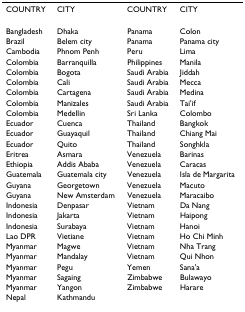
| COUNTRY | CITY | COUNTRY | CITY |
 | --- | --- | --- | --- |
 | Bangladesh | Dhaka | Panama | Colon |
 | Brazil | Belem city | Panama | Panama city |
 | Cambodia | Phnom Penh | Peru | Lima |
 | Colombia | Barranquilla | Philippines | Manila |
 | Colombia | Bogota | Saudi Arabia | Jiddah |
 | Colombia | Cali | Saudi Arabia | Mecca |
 | Colombia | Cartagena | Saudi Arabia | Medina |
 | Colombia | Manizales | Saudi Arabia | Tai'if |
 | Colombia | Medellin | Sri Lanka | Colombo |
 | Ecuador | Cuenca | Thailand | Bangkok |
 | Ecuador | Guayaquil | Thailand | Chiang Mai |
 | Ecuador | Quito | Thailand | Songhkla |
 | Eritrea | Asmara | Venezuela | Barinas |
 | Ethiopia | Addis Ababa | Venezuela | Caracas |
 | Guatemala | Guatemala city | Venezuela | Isla de Margarita |
 | Guyana | Georgetown | Venezuela | Macuto |
 | Guyana | New Amsterdam | Venezuela | Maracaibo |
 | Indonesia | Denpasar | Vietnam | Da Nang |
 | Indonesia | Jakarta | Vietnam | Haipong |
 | Indonesia | Surabaya | Vietnam | Hanoi |
 | Lao DPR | Vietiane | Vietnam | Ho Chi Minh |
 | Myanmar | Magwe | Vietnam | Nha Trang |
 | Myanmar | Mandalay | Vietnam | Qui Nhon |
 | Myanmar | Pegu | Yemen | Sana'a |
 | Myanmar | Sagaing | Zimbabwe | Bulawayo |
 | Myanmar | Yangon | Zimbabwe | Harare |
 | Nepal | Kathmandu |  |  |